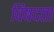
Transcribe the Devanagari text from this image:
विषदता